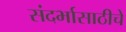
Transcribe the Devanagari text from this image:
संदर्भासाठीचे